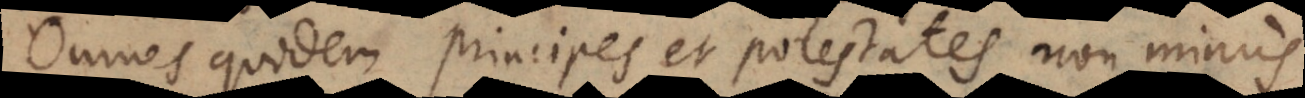
Omnes quidem principes et potestates non minus